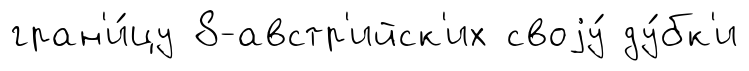
гран'и́цу 8-австр'ийск'их своjу́ ду́бк'и